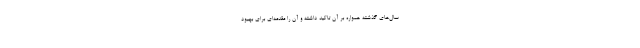
سال‌های گذشته همواره بر آن تاکید داشته و آن را مقدمه‌ای برای بهبود